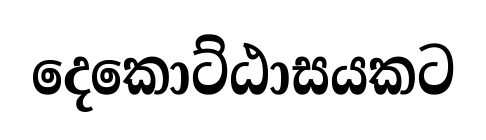
දෙකොට්ඨාසයකට